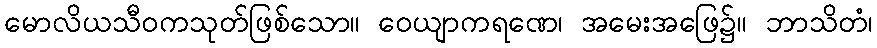
မောလိယသီဝကသုတ်ဖြစ်သော။ ဝေယျာကရဏေ၊ အမေးအဖြေ၌။ ဘာသိတံ၊